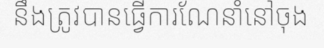
នឹងត្រូវបានធ្វើការណែនាំនៅចុង